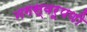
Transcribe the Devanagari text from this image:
नगस्वरूपणी